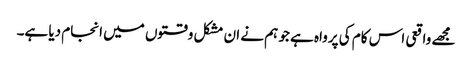
مجھے واقعی اس کام کی پرواہ ہے جو ہم نے ان مشکل وقتوں میں انجام دیا ہے۔